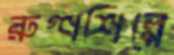
রুগ্ণশিল্পে